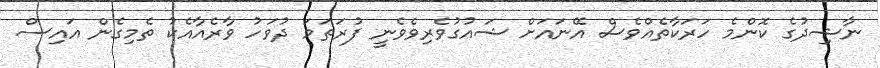
ނާޝިދުގެ ކޮންމެ ހަރަކާތެއްވެސް އޭނައަށް ޝައުގުވެރިވެވެނީ ފުރަތަމަ ދުވަހު ވާރެއާއެކު ތެމިގެން އައިސް